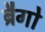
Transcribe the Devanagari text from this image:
ब्रैगो